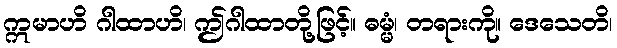
ဣမာဟိ ဂါထာဟိ၊ ဤဂါထာတို့ဖြင့်။ ဓမ္မံ၊ တရားကို။ ဒေသေတိ၊